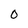
Character: 0